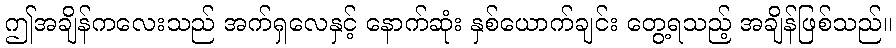
ဤအချိန်ကလေးသည် အက်ရှလေနှင့် နောက်ဆုံး နှစ်ယောက်ချင်း တွေ့ရသည့် အချိန်ဖြစ်သည်။